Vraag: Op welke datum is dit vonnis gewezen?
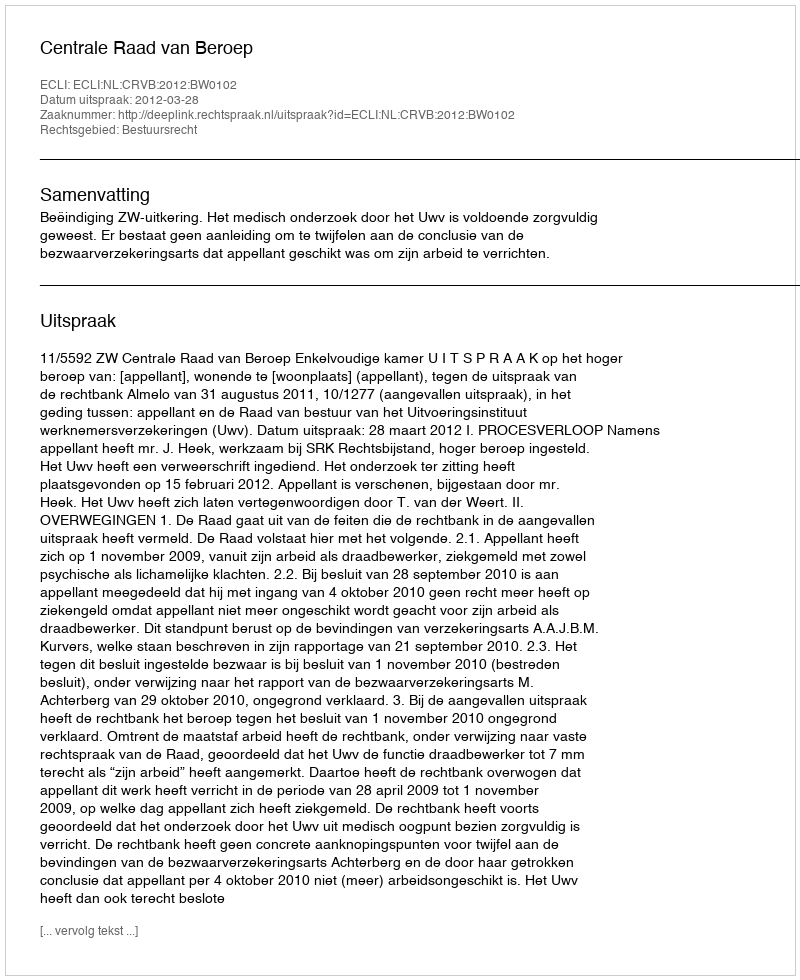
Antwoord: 2012-03-28